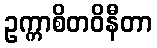
ဥက္ကာစိတဝိနီတာ